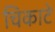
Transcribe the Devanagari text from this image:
चिकाटे